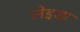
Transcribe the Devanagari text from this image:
लेइडा